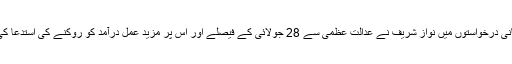
نظرثانی درخواستوں میں نواز شریف نے عدالت عظمٰی سے 28 جولائی کے فیصلے اور اس پر مزید عمل درآمد کو روکنے کی استدعا کی ہے۔